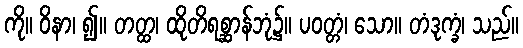
ကို။ ဝိနာ၊ ၍။ တတ္ထ၊ ထိုတိရစ္ဆာန်ဘုံ၌။ ပဝတ္တံ၊ သော။ တံဒုက္ခံ၊ သည်။